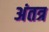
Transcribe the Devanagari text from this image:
अंतत्र